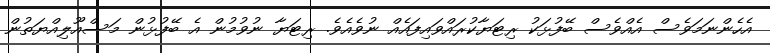
އެހެންނަމަވެސް އެއްވެސް ބޭފުޅަކު ރިޓަޔާކުރައްވައިފައެއް ނުވެއެވެ. ރިޓަޔާ ނުވުމުން އެ ބޭފުޅުން މަސްއޫލިއްޔަތުން